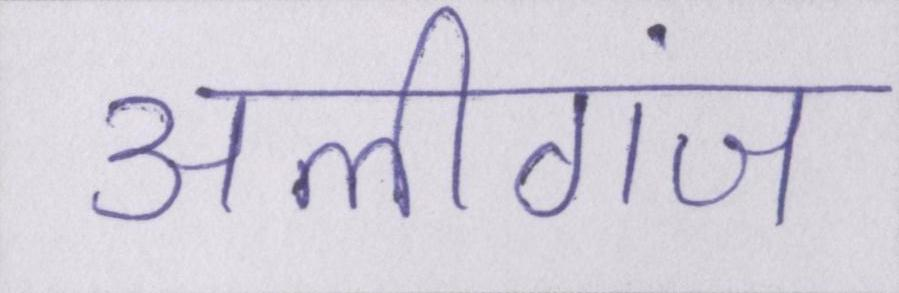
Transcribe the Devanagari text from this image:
अलीगंज